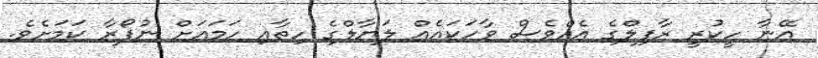
އޭނާ ހީކުރީ ރާފިލްގެ އެއްވެސް ވާހަކައެއް ލަޔާލްގެ ހިތާއި ހަމައަށް ނުފޯރާ ކަމަށެވެ.